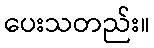
ပေးသတည်း။